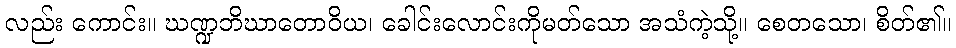
လည်း ကောင်း။ ဃဏ္ဍဘိဃာတောဝိယ၊ ခေါင်းလောင်းကိုမတ်သော အသံကဲ့သို့။ စေတသော၊ စိတ်၏။